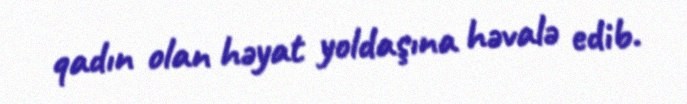
qadın olan həyat yoldaşına həvalə edib.